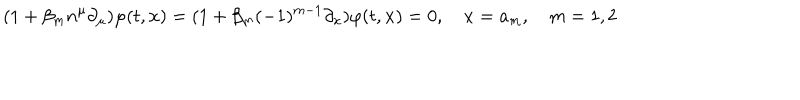
( 1 + \beta _ { m } n ^ { \mu } \partial _ { \mu } ) \varphi ( t , { \bf x } ) = ( 1 + \beta _ { m } ( - 1 ) ^ { m - 1 } \partial _ { x } ) \varphi ( t , { \bf x } ) = 0 , \quad x = a _ { m } , \quad m = 1 , 2